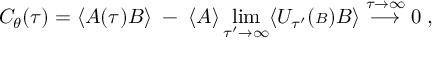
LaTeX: C _ { \theta } ( \tau ) = \langle { \cal A } ( \tau ) { \cal B } \rangle \; - \; \langle { \cal A } \rangle \operatorname * { l i m } _ { \tau ^ { \prime } \rightarrow \infty } \langle { \cal U } _ { \tau ^ { \prime } } ( { \scriptstyle { \cal B } } ) { \cal B } \rangle \stackrel { \tau \rightarrow \infty } { \longrightarrow } 0 \; ,